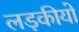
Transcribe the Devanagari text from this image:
लड़कीयो